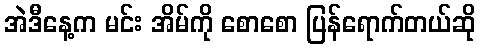
အဲဒီနေ့က မင်း အိမ်ကို စောစော ပြန်ရောက်တယ်ဆို